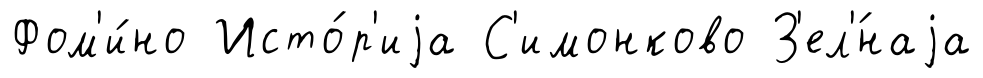
Фом'и́но Исто́р'иjа С'имонково З'ел'́наjа